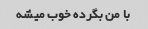
با من بگرده خوب میشه